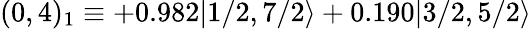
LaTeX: (0,4)_{1}\equiv+0.982|1/2,7/2\rangle+0.190|3/2,5/2\rangle